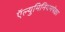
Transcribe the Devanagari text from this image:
ऍल्युमिनियमपेक्षा